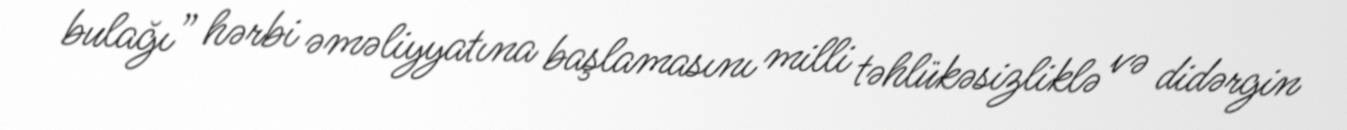
bulağı” hərbi əməliyyatına başlamasını milli təhlükəsizliklə və didərgin